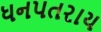
ધનપતરાય